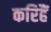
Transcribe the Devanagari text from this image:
करिहैं